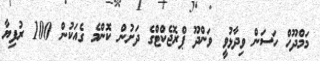
މަމްދޫހް ހަސަން ވިދާޅުވީ ވަންދޫ ޕްރޮޖެކްޓްގެ ދަށުން ކޮންމެ ގެއަކުން 100 ރުފިޔާ